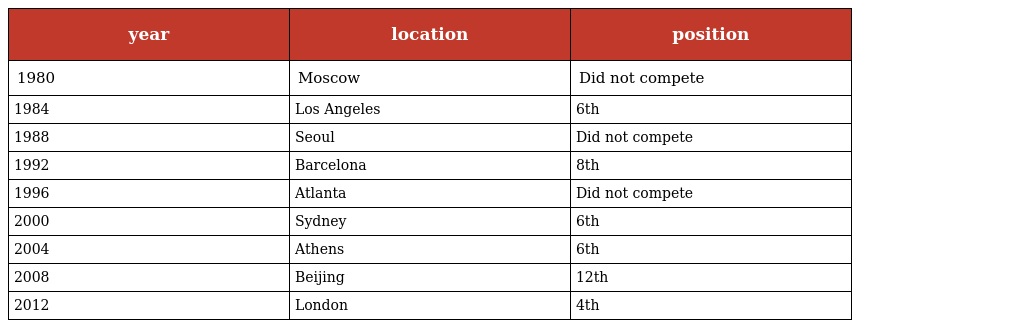
| year | location | position |
 | --- | --- | --- |
 | 1980 | Moscow | Did not compete |
 | 1984 | Los Angeles | 6th |
 | 1988 | Seoul | Did not compete |
 | 1992 | Barcelona | 8th |
 | 1996 | Atlanta | Did not compete |
 | 2000 | Sydney | 6th |
 | 2004 | Athens | 6th |
 | 2008 | Beijing | 12th |
 | 2012 | London | 4th |